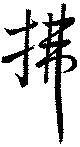
拂